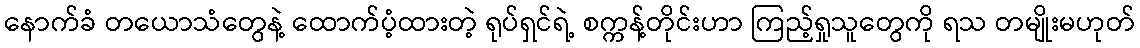
နောက်ခံ တယောသံတွေနဲ့ ထောက်ပံ့ထားတဲ့ ရုပ်ရှင်ရဲ့ စက္ကန့်တိုင်းဟာ ကြည့်ရှုသူတွေကို ရသ တမျိုးမဟုတ်